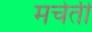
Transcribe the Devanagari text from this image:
मचेती